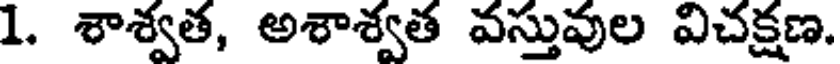
1. శాశ్వత, అశాశ్వత వస్తువుల విచక్షణ.